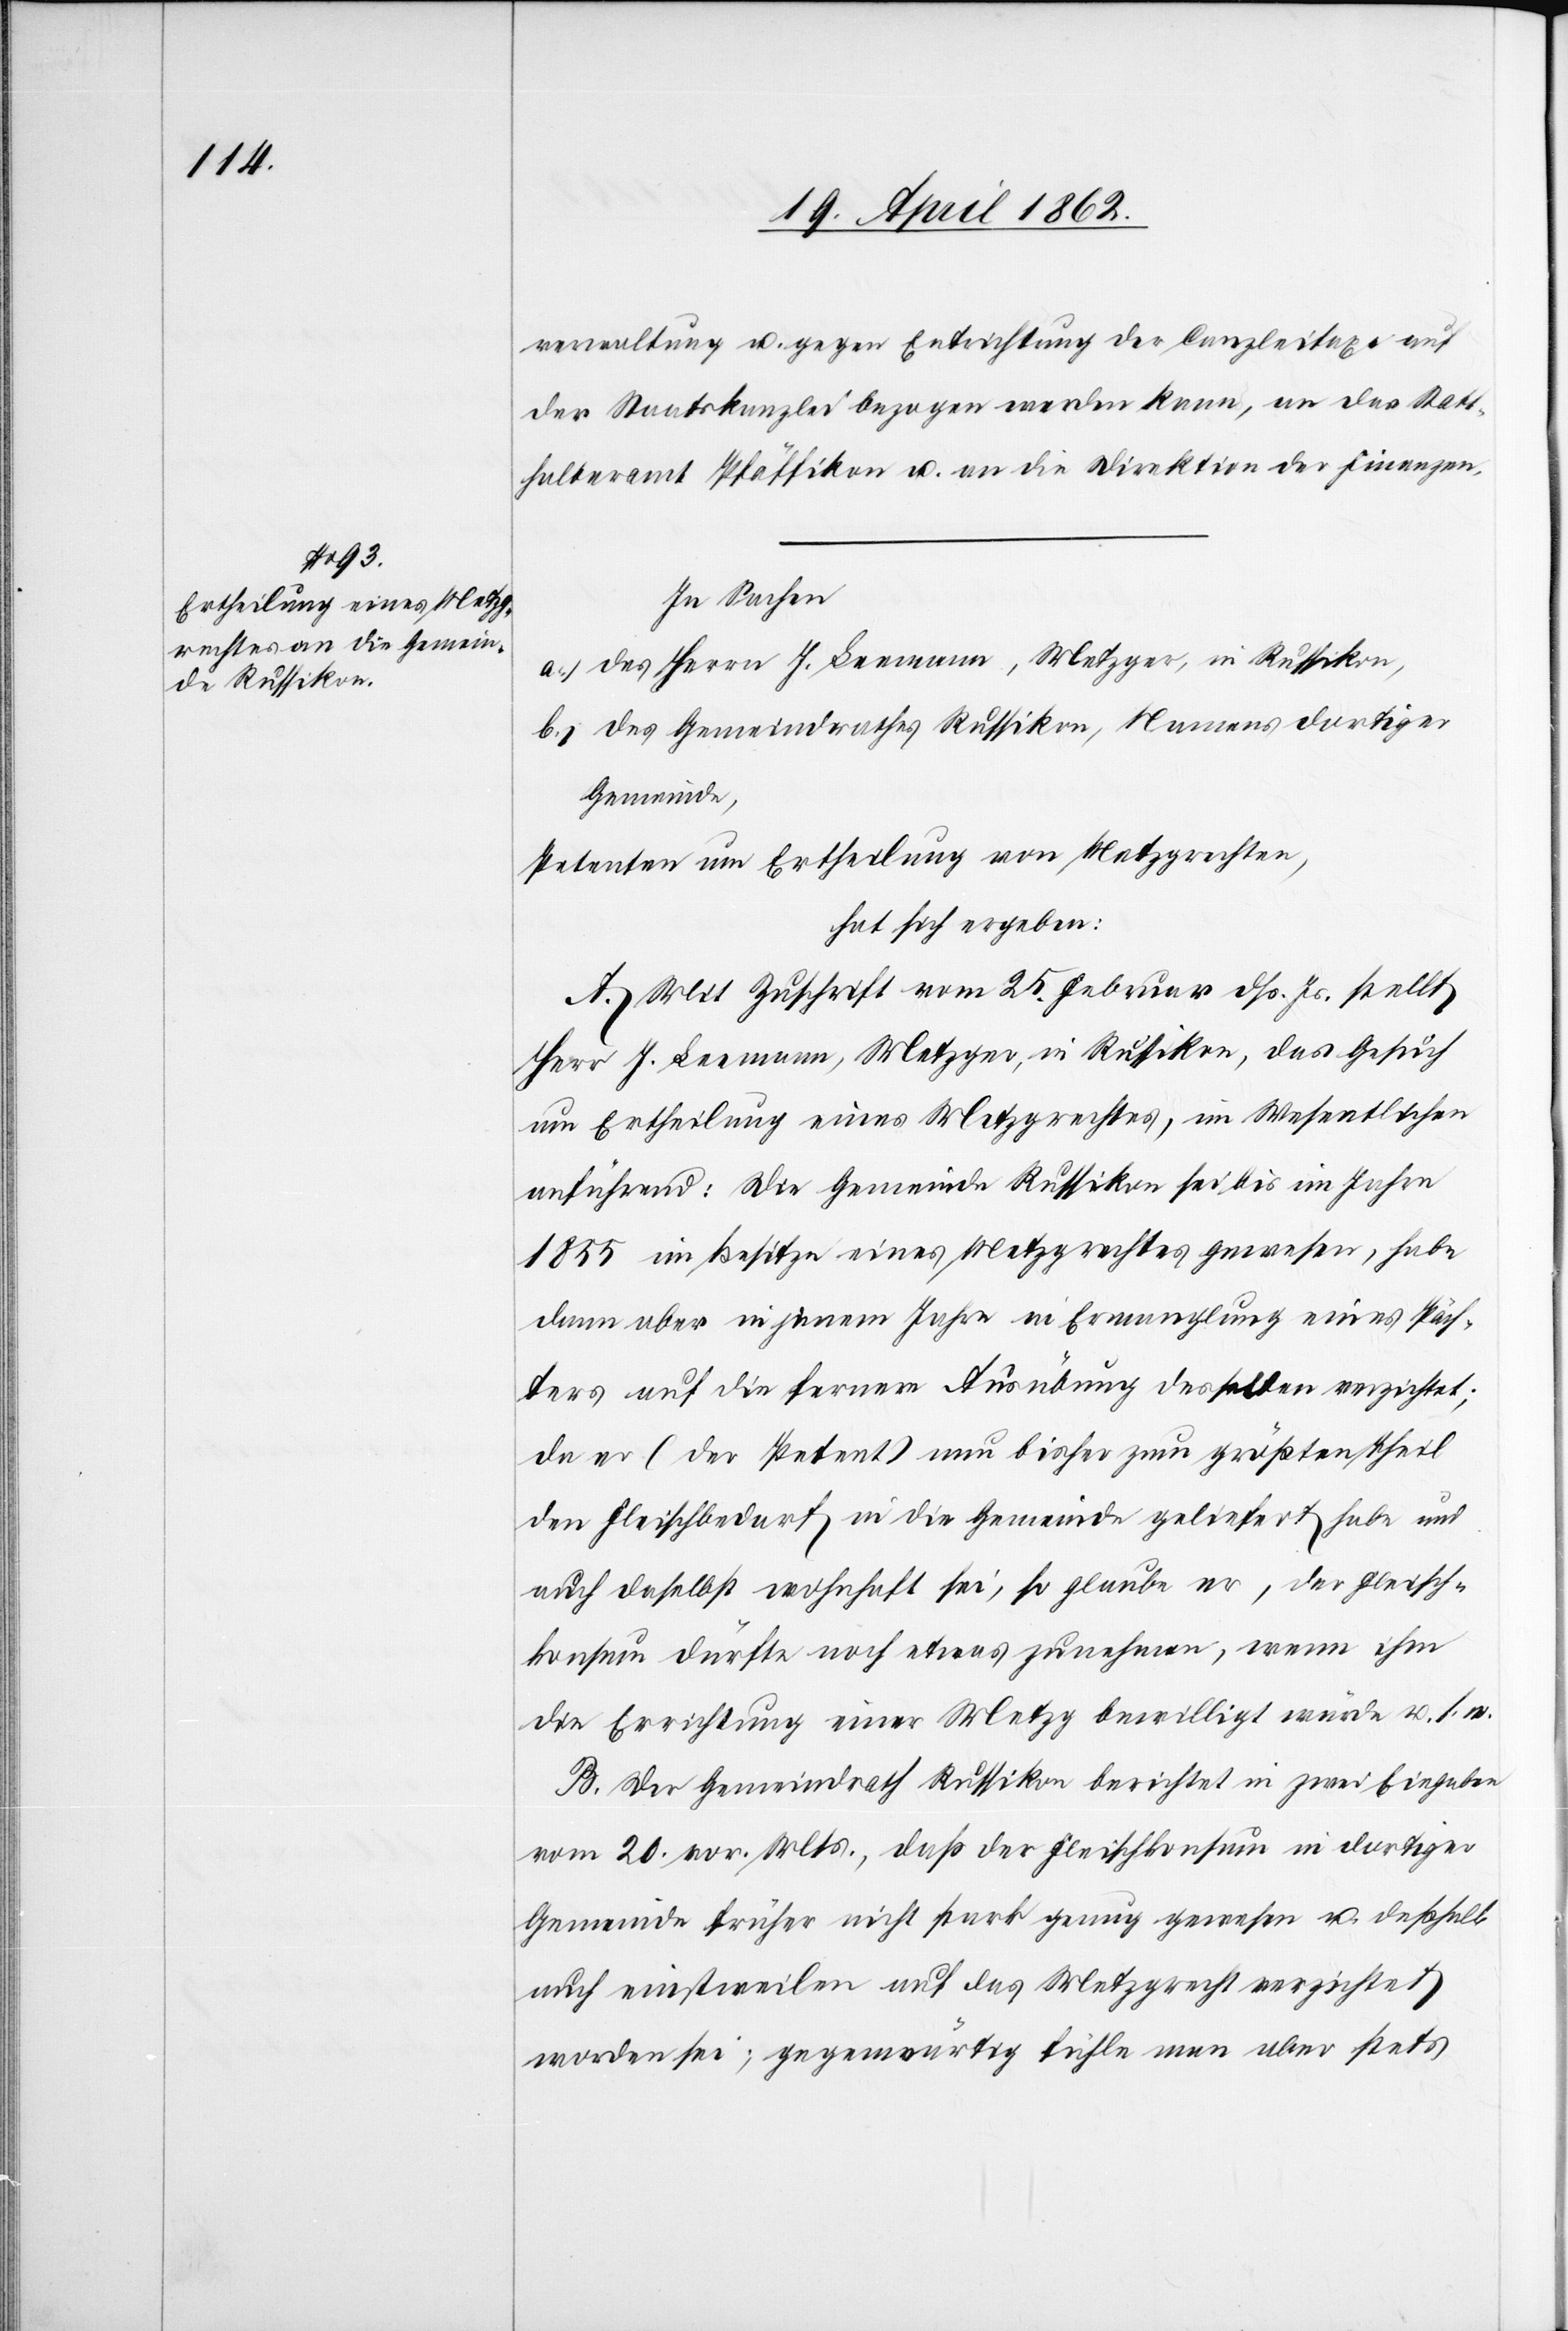
verwaltung u. gegen Entrichtung der Canzleitaxe auf
der Staatskanzlei bezogen werden kann, an das Statt¬
halteramt Pfäffikon u. an die Direktion der Finanzen.
In Sachen
a) des Herrn J. Leemann, Metzger, in Russikon,
b) des Gemeindrathes Russikon, Namens dortiger
Gemeinde,
Petenten um Ertheilung von Metzgrechten,
hat sich ergeben:
A. Mit Zuschrift vom 25. Februar dß. Js. stellt
Herr J. Leemann, Metzger in Russikon, das Gesuch
um Ertheilung eines Metzgrechtes, im Wesentlichen
anführend: Die Gemeinde Russikon sei bis im Jahre
1855 im Besitze eines Metzgrechtes gewesen, habe
dann aber in jenem Jahre in Ermanglung eines Päch¬
ters auf die fernere Ausübung desselben verzichtet;
da er (der Petent) nun bisher zum größten Theil
den Fleischbedarf in die Gemeinde geliefert habe und
auch daselbst wohnhaft sei, so glaube er, der Fleisch¬
konsum dürfte noch etwas zunehmen, wenn ihm
die Errichtung einer Metzg bewilligt würde u. s.
B. Der Gemeindrath Russikon berichtet in zwei Eingaben
vom 20. vor. Mts., daß der Fleischkonsum in dortiger
Gemeinde früher nicht stark genug gewesen u. deßhalb
auch einstweilen auf das Metzgrecht verzichtet
worden sei; gegenwärtig fühle man aber stets